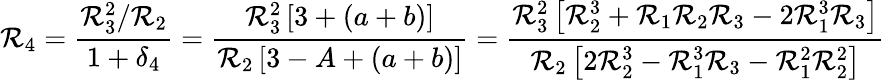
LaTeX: \mathcal{R}_{4}=\frac{{\mathcal{R}_{3}^{2}/\mathcal{R}_{2}}}{{1+\delta_{4}}}=\frac{{\mathcal{R}_{3}^{2}\left[3+(a+b)\right]}}{{\mathcal{R}_{2}\left[3-A+(a+b)\right]}}=\frac{{\mathcal{R}_{3}^{2}\left[\mathcal{R}_{2}^{3}+\mathcal{R}_{1}\mathcal{R}_{2}\mathcal{R}_{3}-2\mathcal{R}_{1}^{3}\mathcal{R}_{3}\right]}}{{\mathcal{R}_{2}\left[2\mathcal{R}_{2}^{3}-\mathcal{R}_{1}^{3}\mathcal{R}_{3}-\mathcal{R}_{1}^{2}\mathcal{R}_{2}^{2}\right]}}